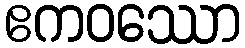
ဧကဝဿော